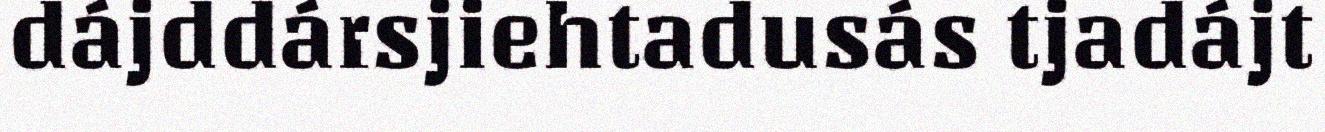
dájddársjiehtadusás tjadájt